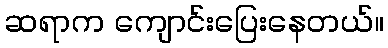
ဆရာက ကျောင်းပြေးနေတယ်။